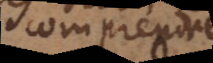
comprend